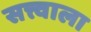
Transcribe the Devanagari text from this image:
सत्त्वाला